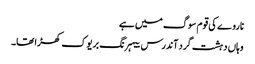
ناروے کی قوم سوگ میں ہے
وہاں دہشت گرد آندرس بیہرنگ بریوک کھڑا تھا۔